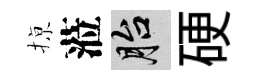
𢱊蒞胎硬